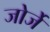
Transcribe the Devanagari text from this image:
जोर्जे